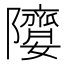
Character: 𨽘